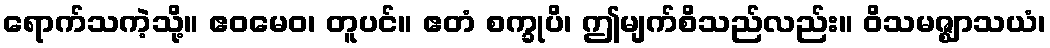
ရောက်သကဲ့သို့။ ဧဝမေဝ၊ တူပင်။ ဧတံ စက္ခုပိ၊ ဤမျက်စိသည်လည်း။ ဝိသမဇ္ဈာသယံ၊